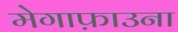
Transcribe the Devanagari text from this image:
मेगाफ़ाउना